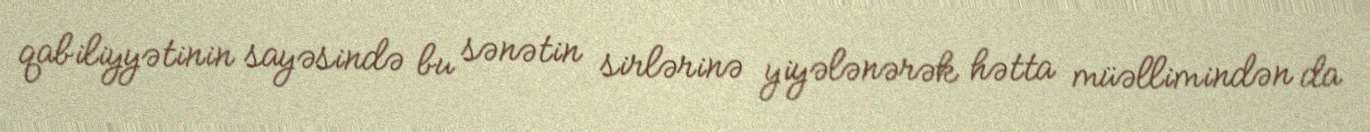
qabiliyyətinin sayəsində bu sənətin sirlərinə yiyələnərək hətta müəllimindən da